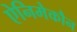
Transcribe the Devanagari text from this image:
ऐनिमेकौन